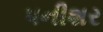
પનીશર